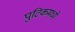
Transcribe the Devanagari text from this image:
पुटिकमध्ये